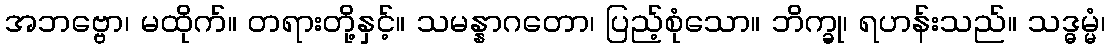
အဘဗ္ဗော၊ မထိုက်။ တရားတို့နှင့်။ သမန္နာဂတော၊ ပြည့်စုံသော။ ဘိက္ခု၊ ရဟန်းသည်။ သဒ္ဓမ္မံ၊